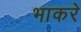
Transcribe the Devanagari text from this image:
भाकरे